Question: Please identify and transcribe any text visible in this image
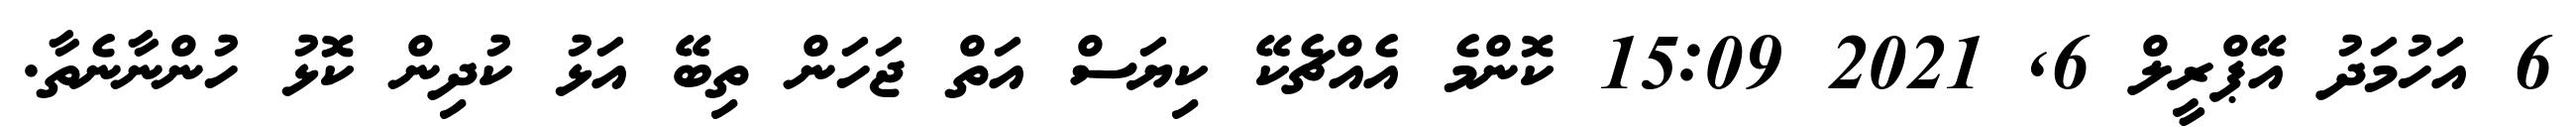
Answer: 6 އަހުމަދު އޭޕްރީލް 6, 2021 15:09 ކޮންމެ އެއްޗެކޭ ކިޔަސް އަތް ޖަހަން ތިބޭ އަޅު ކުދިން ކޮޅު ހުންނާނެތާ.